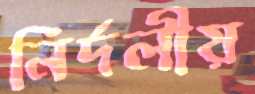
নির্দলীয়